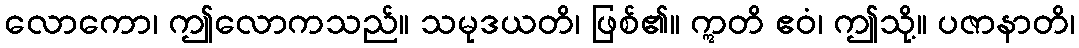
လောကော၊ ဤလောကသည်။ သမုဒယတိ၊ ဖြစ်၏။ ဣတိ ဧဝံ၊ ဤသို့။ ပဇာနာတိ၊